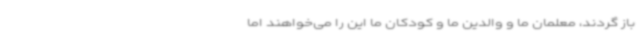
باز گردند، معلمان ما و والدین ما و کودکان ما این را می‌خواهند اما